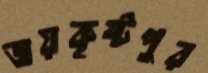
জয়কৃষ্টপুর